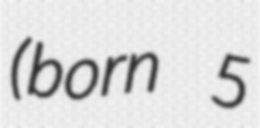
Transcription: (born 5